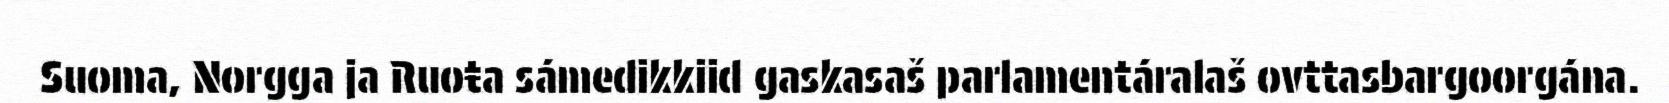
Suoma, Norgga ja Ruoŧa sámedikkiid gaskasaš parlamentáralaš ovttasbargoorgána.